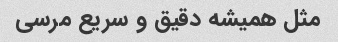
مثل همیشه دقیق و سریع مرسی